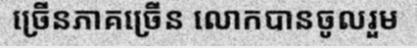
ច្រើនភាគច្រើន លោកបានចូលរួម